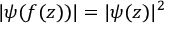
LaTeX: | \psi ( f ( z ) ) | = | \psi ( z ) | ^ { 2 }